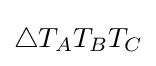
\triangle T_{A}T_{B}T_{C}